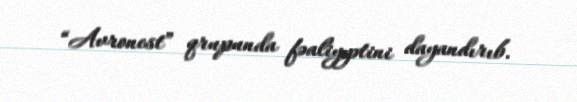
“Avronest” qrupunda fəaliyyətini dayandırıb.